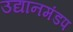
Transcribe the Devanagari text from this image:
उद्यानमंडप